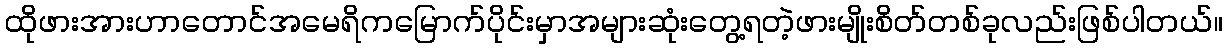
ထိုဖားအားဟာတောင်အမေရိကမြောက်ပိုင်းမှာအများဆုံးတွေ့ရတဲ့ဖားမျိုးစိတ်တစ်ခုလည်းဖြစ်ပါတယ်။